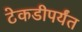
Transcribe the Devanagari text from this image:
टेकडीपर्यंत